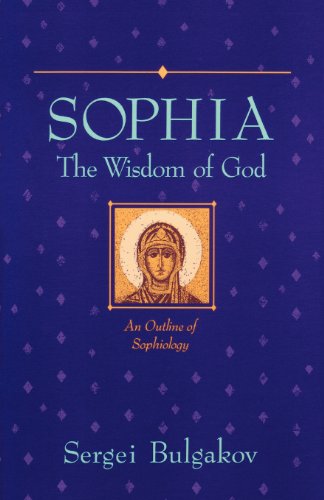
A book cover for Sophia: The Wisdom of God (Library of Russian Philosophy); Sergius Bulgakov; Religion & Spirituality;